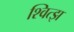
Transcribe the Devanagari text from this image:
श्वित्झ